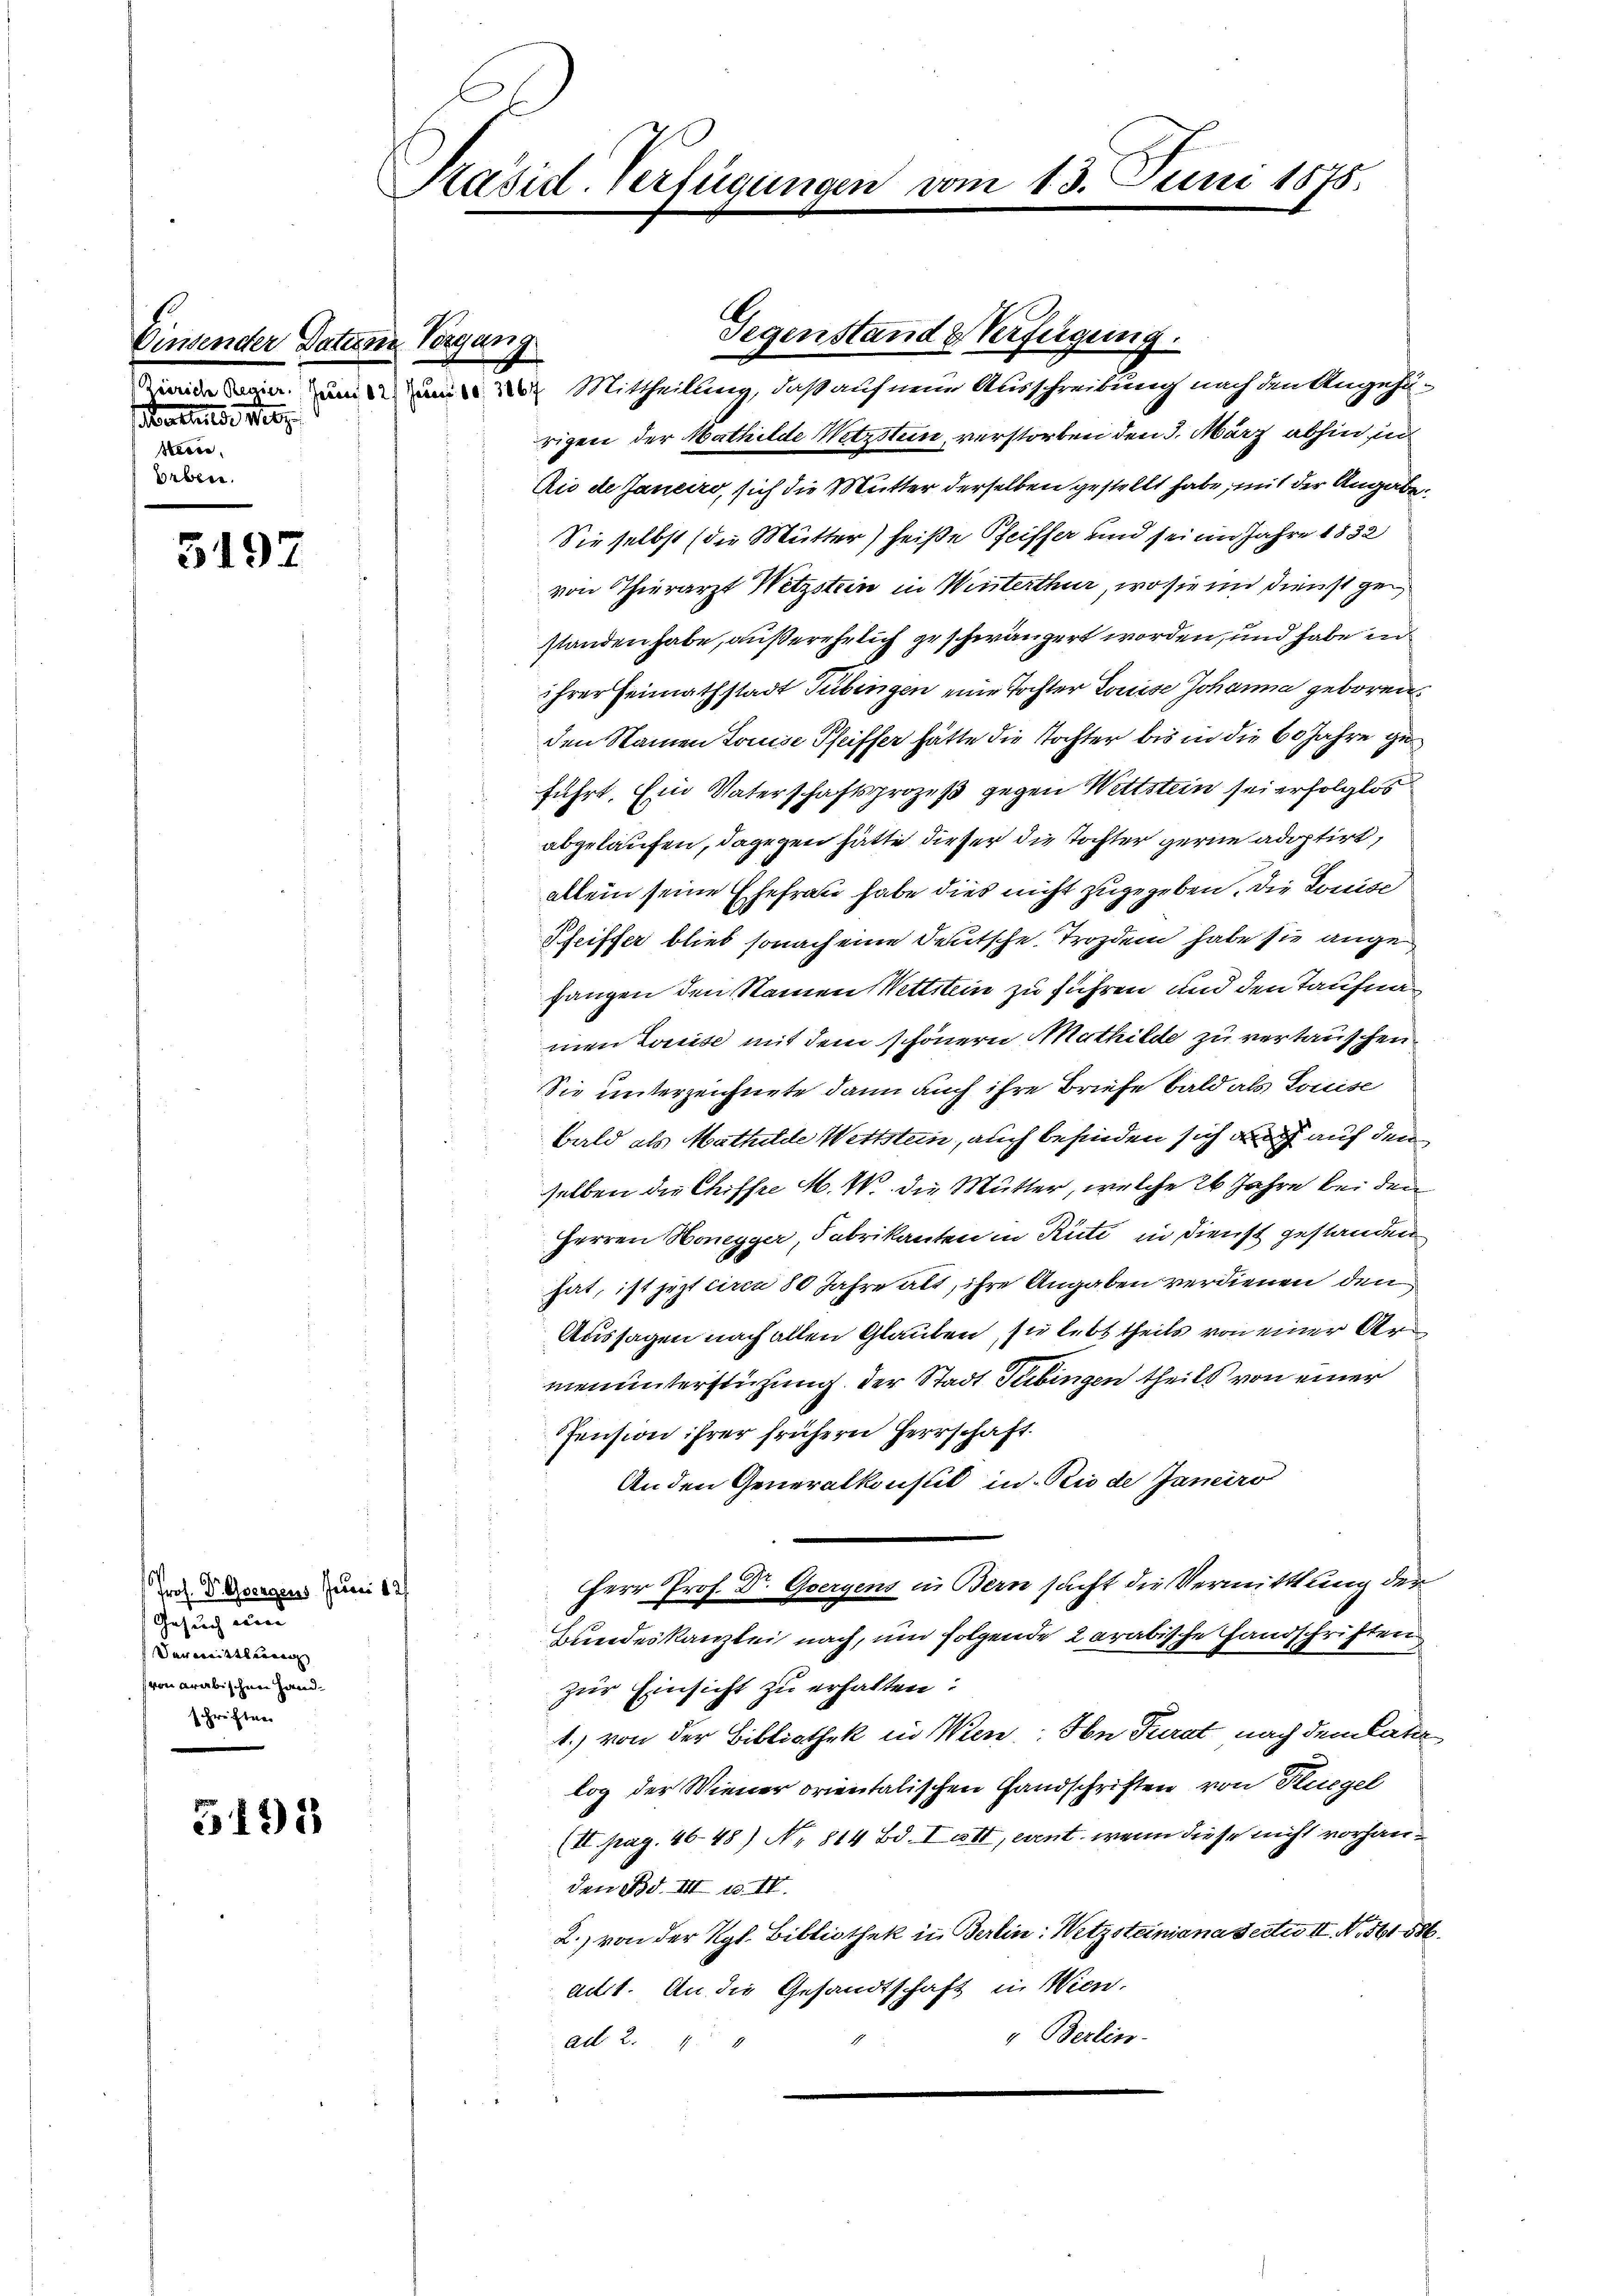
5197

Prof. Dr. Gegens Juni 12
Gesuch und
Vermittlungen
(von arabischen Handschriften

3191

Einsender Datene Vergang
ertause e
steine
Erben.

id in zum Mittheilung, daß auf neun Ausschreibung nach den Angehurigen der Mathilde Wetzstein, verstorben den 3. März abhin in
Rio de Janeiro, sich die Mutter derselben gestellt habe, mit der Angabe
Sie selbst (die Mutter) heiße Pfeiffer und sei im Jahre 1832
von Thierarzt Wetzstein in Winterthur, wo sie in Dienst gestanden habe, außerehelich geschwängert worden, und habe in
ihrer Heimathstadt Tübingen eine Tochter Louise Johanna geboren.
den Namen Louise Pfeiffer hätte die Tochter bis in die 60 Jahre geführt. Ein Vaterschaftsprozeß gegen Wettstein sei erfolglos
abgelaufen, dagegen hätte dieser die Tochter gerne adoptirt,
allein seine Ehefrau habe dies nicht zugegeben, die Louise
Pfeiffer blieb sonach eine Deutsche Trozdem habe sie ange
hangen den Namen Wettstein zu führen und den Taufna
men Louise mit dem schönern Mathilde zu vertauschen.
Sie unterzeichnete dann auch ihre Briefe bald als Louise
Bald als Mathilde Wettstein, auch befinden sich auch auf den
selben die Chiffe M. W. die Mutter, welche 26 Jahre bei den
Herren Honegger, Fabrikanten in Rüti in Dienst gestanden
hat, ist jetzteren 80 Jahre alt, ihre Angaben verdienen den
Aussagen nach allen Glauben, sie lebt theils von einer Armenunterstüzung der Stadt Tübingen theils von einer
Pension ihrer frühern Herrschaft.
An den Generalkonsul in Rio de Janeiro
Herr Prof. Dr. Goergens in Bern sucht die Vermittlung der
Bundeskanzlei nach, um folgende 2 arabische Handschriften
zur Einsicht zu erhalten:
1.) von der Bibliothek in Wien, Hn Turat nach dem Later
log der Wiener orientalischen Handschriften von Fliegel
(II pag. 4648) Nr. 814 Bd. Iatt, event, wenn diese nicht vorhanden Bd. III u. IV.
2.) von der Kgl. Bibliothek in Berlin: Wetzsteiniana Sectio II. No. 561 586.
act. An die Gesandtschaft in Wien
" Berlin-
ad 2. 14

Päsid. Verfügungen vom 13. Juni 1875.

Gegenstand & Verfügung.